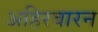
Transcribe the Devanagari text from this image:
अहिरबारन